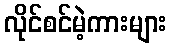
လိုင်စင်မဲ့ကားများ